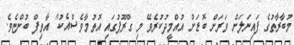
މުބާރާތުގެ ފައިނަލަށް ވަރަށް ބޮޑަށް އުއްމީދުކުރެވޭ މި ގްރޫޕުގައި އޮތުމާވެސްއެކު" އާތިފް ބުންޏެވެ.